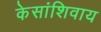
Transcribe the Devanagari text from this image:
केसांशिवाय